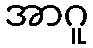
အာဂူ